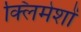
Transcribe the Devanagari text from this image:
क्लिमेशों